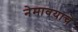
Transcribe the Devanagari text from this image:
नेमावयाचे